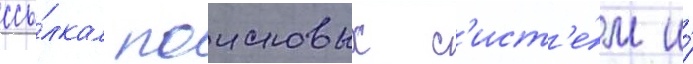
ссы́лкам поисковых с'ист'е́м и́